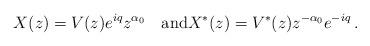
LaTeX: \begin{align*}X(z) = V(z) e^{iq} z^{\alpha_0}\quad\mbox{and} X^*(z) = V^*(z) z^{-\alpha_0}e^{-iq}\,.\end{align*}